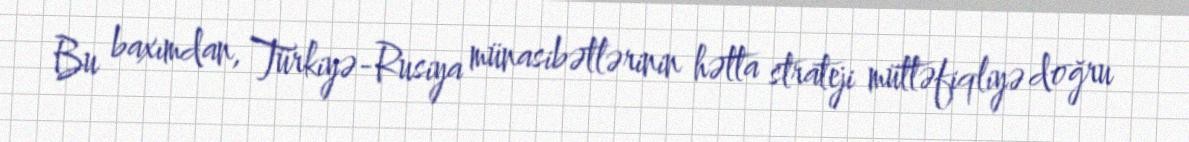
Bu baxımdan, Türkiyə-Rusiya münasibətlərinin hətta strateji müttəfiqliyə doğru